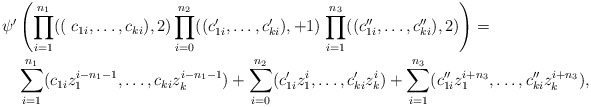
\begin{align*} \psi'&\left(\prod_{i=1}^{n_1}((\right.c_{1i},\ldots,c_{ki}),2)\prod_{i=0}^{n_2}((c_{1i}',\ldots,c_{ki}'),+1)\left.\prod_{i=1}^{n_3}((c_{1i}'',\ldots,c_{ki}''),2)\right) =\\&\sum_{i=1}^{n_1}(c_{1i}z_1^{i-n_1-1},\ldots,c_{ki}z_k^{i-n_1-1})+\sum_{i=0}^{n_2}(c_{1i}'z_{1}^{i},\ldots,c_{ki}'z_{k}^{i})+\sum_{i=1}^{n_3}(c_{1i}''z_1^{i+n_3},\ldots,c_{ki}''z_k^{i+n_3}),\end{align*}